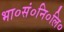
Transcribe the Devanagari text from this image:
भा०सं०नि०लि०